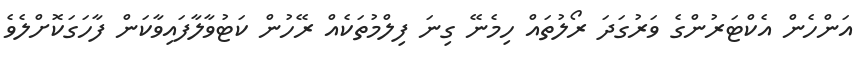
އަންހެން އެކްޓަރުންގެ ވަރުގަދަ ރޯލުތައް ހިމެނޭ ގިނަ ފިލްމުތަކެއް ރޭހުން ކަޓުވާލާފައިވާކަން ފާހަގަކޮށްލެވެ